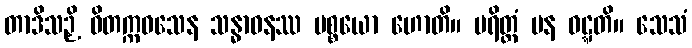
တာဒိသဉှိ ဝိတက္ကဝသေန သန္ဓာဝနဿ ပစ္စယော ဟောတိ။ ပရိတ္တံ ပန ဝဋ္ဋတိ။ သေသံ